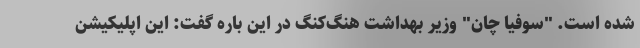
شده است. "سوفیا چان" وزیر بهداشت هنگ‌کنگ در این باره گفت: این اپلیکیشن